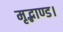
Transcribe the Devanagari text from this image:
मृद्भाण्ड।